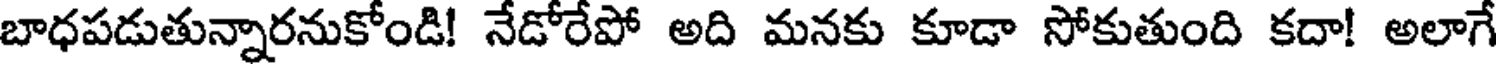
బాధపడుతున్నారనుకోండి! నేడోరేపో అది మనకు కూడా సోకుతుంది కదా! అలాగే